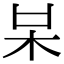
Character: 𣏁